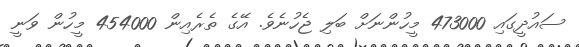
ސައުދީގައި 473000 މީހުންނަށް ބަލި ޖެހުނެވެ. އޭގެ ތެރެއިން 454000 މީހުން ވަނީ